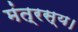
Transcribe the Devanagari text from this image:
मंत्रस्य।